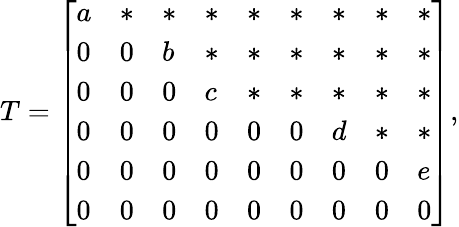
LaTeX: T={\left[\begin{array}{lllllllll}{a}&{*}&{*}&{*}&{*}&{*}&{*}&{*}&{*}\\ {0}&{0}&{b}&{*}&{*}&{*}&{*}&{*}&{*}\\ {0}&{0}&{0}&{c}&{*}&{*}&{*}&{*}&{*}\\ {0}&{0}&{0}&{0}&{0}&{0}&{d}&{*}&{*}\\ {0}&{0}&{0}&{0}&{0}&{0}&{0}&{0}&{e}\\ {0}&{0}&{0}&{0}&{0}&{0}&{0}&{0}&{0}\end{array}\right]},